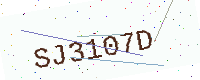
Text: SJ3107D